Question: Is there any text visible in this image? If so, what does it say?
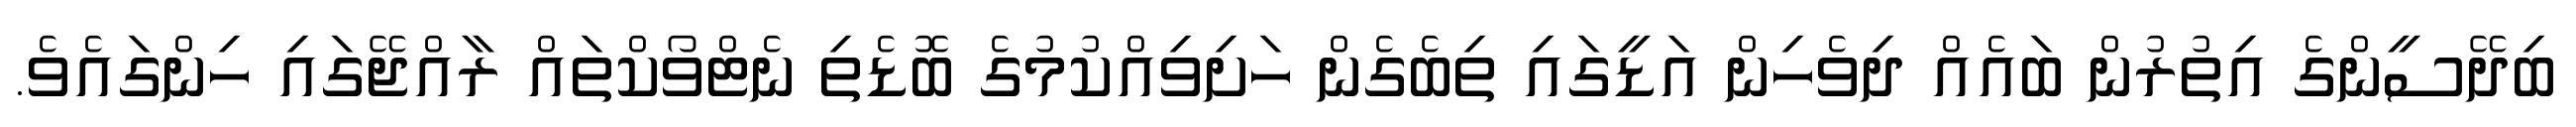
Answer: ބިދޭސީންގެ އިތުރުން ބައެއް ދިވެހިން އަޑީގައި ތިބެގެން ހަށިވިއްކުމުގެ ބޮޑެތި ނެޓްވޯކްތައް ރާއްޖޭގައި ހިންގައެވެ.